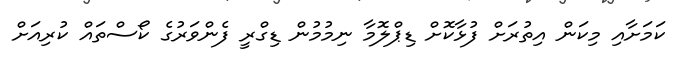
ކަމަށާއި މިކަން އިތުރަށް ފުޅާކޮށް ޑިޕްލޮމާ ނިމުމުން ޑިގްރީ ފެންވަރުގެ ކޯސްތައް ކުރިއަށް